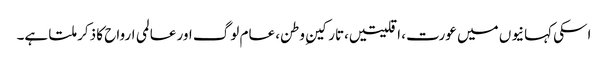
اسکی کہانیوں میں عورت، اقلیتیں،تارکینِ وطن، عام لوگ اور عالمی ارواح کا ذکر ملتا ہے۔